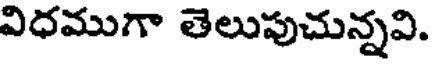
విధముగా తెలుపుచున్నవి.